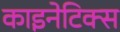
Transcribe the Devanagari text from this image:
काइनेटिक्स